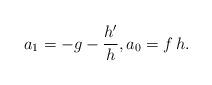
LaTeX: \begin{align*}a_1=-g-\frac{h'}h,a_0= f\,h. \end{align*}